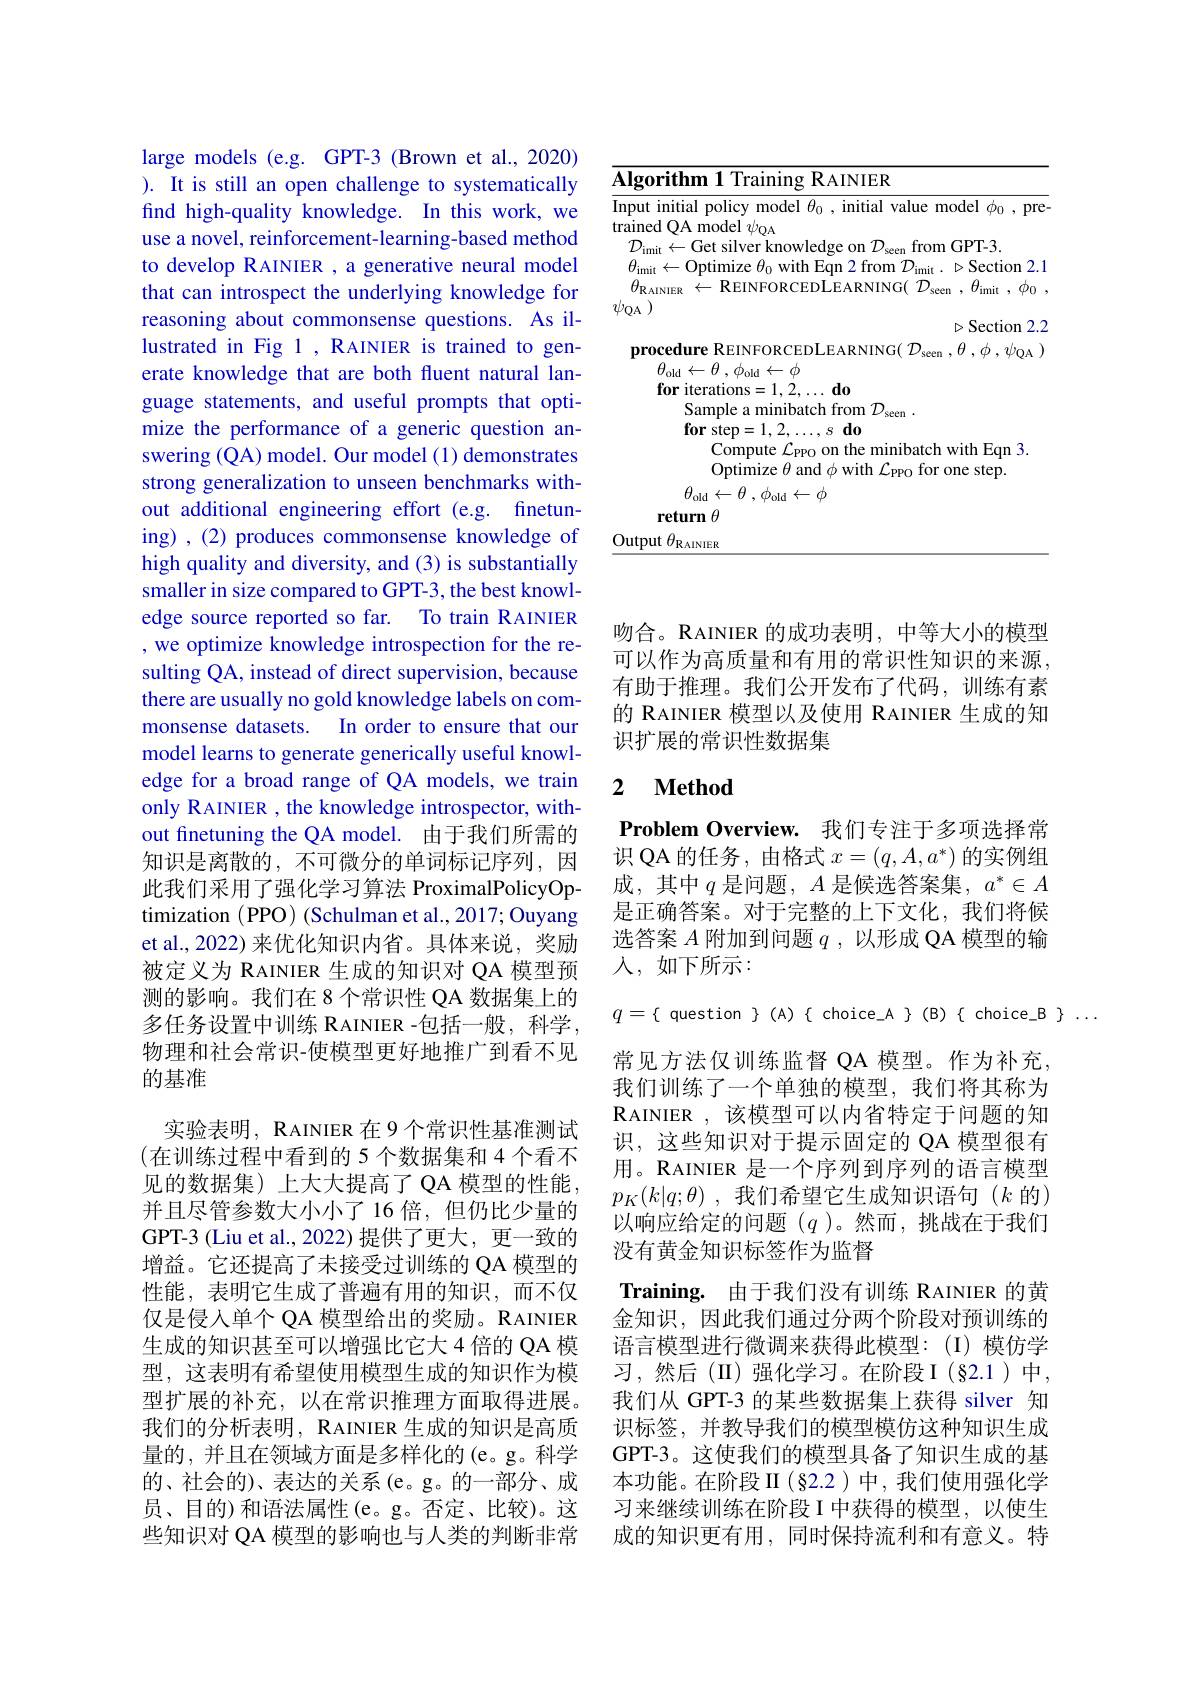
<table>
	<tbody>
		<tr>
			<td>$\measuredangle$</td>
			<td>$orithm1$ Training RAINIER</td>
		</tr>
		<tr>
			<td>$I$ t</td>
			<td>t initial policy model $\theta_0$, initial value model $\phi_0$, pre ${\mathrm{ed~QA~model~}\psi_{\mathrm{OA}}}$</td>
		</tr>
		<tr>
			<td> </td>
			<td>rocedure REINFORCEDLEARNING( $\mathcal{D}_\mathrm{seen~},\theta,\phi,\psi_\mathrm{QA~})$</td>
		</tr>
		<tr>
			<td> </td>
			<td>$\theta _{\mathrm{old}}\leftarrow \theta$ , $\phi _{\mathrm{old}}\leftarrow \phi$ $\mathbf{for}_{\mathrm{~iterations}}=1.2.$ $d0$</td>
		</tr>
		<tr>
			<td> </td>
			<td>$\textbf{for step}= 1, 2, \ldots , s\textbf{ do}$ Compute $\mathcal{L}_\mathrm{PPO}$ on the minibatch with Eqn 3 Optimize $\theta$ and $\phi$ with $\mathcal{L}_\mathrm{PPO}$ for one step.</td>
		</tr>
		<tr>
			<td> </td>
			<td>nit $.AINIER$</td>
		</tr>
	</tbody>
</table>

large models (e.g. GPT-3 (Brown et al.,2020) ). It is still an open challenge to systematically find high-quality knowledge. In this work, we use a novel, reinforcement-learning-based method to develop RAINIER ,a generative neural model that can introspect the underlying knowledge for reasoning about commonsense questions. As illustrated in Fig 1 ,RAINIER is trained to generate knowledge that are both fluent natural language statements, and useful prompts that optimize the performance of a generic question answering (QA) model. Our model (1) demonstrates strong generalization to unseen benchmarks without additional engineering effort (e.g. finetuning),(2) produces commonsense knowledge of high quality and diversity, and (3) is substantially smaller in size compared to GPT-3, the best knowledge source reported so far. To train RAINIER ,we optimize knowledge introspection for the resulting QA, instead of direct supervision, because there are usually no gold knowledge labels on commonsense datasets. In order to ensure that our model learns to generate generically useful knowledge for a broad range of QA models, we train only RAINIER , the knowledge introspector, without finetuning the QA model. 由于我们所需的知识是离散的，不可微分的单词标记序列，因此我们采用了强化学习算法 ProximalPolicyOptimization (PPO) (Schulman et al.,2017; Ouyang et al., 2022) 来优化知识内省。具体来说，奖励被定义为 RAINIER 生成的知识对 QA 模型预测的影响。我们在 8 个常识性 QA 数据集上的多任务设置中训练 R AINIER -包括一般，科学， 物理和社会常识-使模型更好地推广到看不见的基准

实验表明，RAINIER 在 9 个常识性基准测试(在训练过程中看到的 5 个数据集和 4 个看不见的数据集)上大大提高了 QA 模型的性能， 并且尽管参数大小小了16倍，但仍比少量的GPT-3 (Liu et al., 2022) 提供了更大，更一致的增益。它还提高了未接受过训练的 QA 模型的性能，表明它生成了普遍有用的知识，而不仅仅是侵入单个 QA 模型给出的奖励。RAINIER 生成的知识甚至可以增强比它大 4 倍的 QA 模型，这表明有希望使用模型生成的知识作为模型扩展的补充，以在常识推理方面取得进展。我们的分析表明，RAINIER 生成的知识是高质量的，并且在领域方面是多样化的(e。g。科学的、社会的)、表达的关系 (e。g。的一部分、成员、目的)和语法属性(e。g。否定、比较)。这些知识对 QA 模型的影响也与人类的判断非常

吻合。RAINIER 的成功表明，中等大小的模型可以作为高质量和有用的常识性知识的来源， 有助于推理。我们公开发布了代码，训练有素的 RAINIER 模型以及使用 RAINIER 生成的知识扩展的常识性数据集

## 2 $\textbf{Method}$

Problem Overview. 我们专注于多项选择常识 QA 的任务，由格式$x=(q,A,a^*)$的实例组成，其中$q$是问题，$A$是候选答案集$,a^*\in A$ 是正确答案。对于完整的上下文化，我们将候选答案$A$附加到问题$q$,以形成 QA 模型的输$\lambda $, $如 下 所 示 :$

$q=\{$ question $\}(A)\{$ choice\_A $\}(B)\{$ choice\_B $\}..$

常见方法仅训练监督 QA 模型。作为补充， 我们训练了一个单独的模型，我们将其称为$\mathbf{R}$AINIER,该模型可以内省特定于问题的知识，这些知识对于提示固定的 QA 模型很有用。RAINIER 是一个序列到序列的语言模型$p_K( k| q; \theta )$ ,我们希望它生成知识语句$(k$的) 以响应给定的问题($q$)。然而，挑战在于我们没有黄金知识标签作为监督
Training. 由于我们没有训练 RAINIER 的黄金知识，因此我们通过分两个阶段对预训练的语言模型进行微调来获得此模型：(I)模仿学习，然后(II)强化学习。在阶段I(§2.1)中， 我们从 GPT-3 的某些数据集上获得 silver 知识标签，并教导我们的模型模仿这种知识生成GPT-3。这使我们的模型具备了知识生成的基本功能。在阶段 II (§2.2 )中，我们使用强化学习来继续训练在阶段 I 中获得的模型，以使生成的知识更有用，同时保持流利和有意义。特